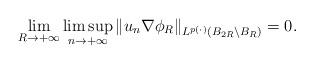
LaTeX: \begin{align*}\lim_{R\to +\infty}\limsup_{n\to +\infty} \|u_n \nabla\phi_R\|_{L^{p(\cdot)}(B_{2R}\setminus B_R)}=0.\end{align*}